Annual report of the Punjab Veterinary College and of the Civil Veterinary Department, Punjab - 1894-1908
Year: 1894
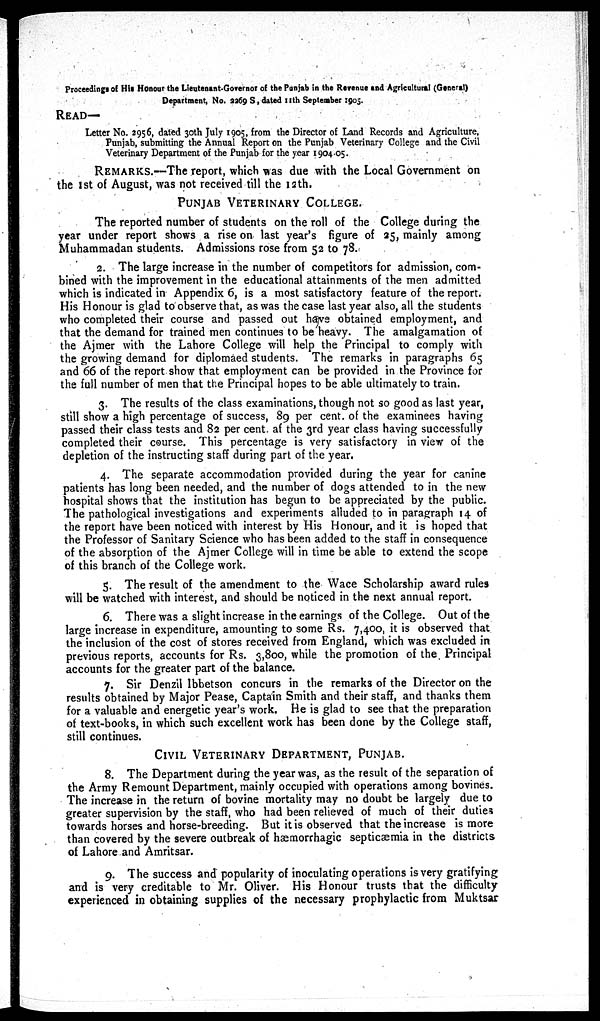
Proceedings of His Honour the Lieutenant-Governor of the Punjab in the Revenue and Agricultural (General)
Department, No. 2269 S, dated 11th September 1905.
READ––
Letter No. 2956, dated 30th July 1905, from the Director of Land Records and Agriculture,
Punjab, submitting the Annual Report on the Punjab Veterinary College and the Civil
Veterinary Department of the Punjab for the year 1904-05.
REMARKS.––The report, which was due with the Local Government on
the 1st of August, was not received till the 12th.
PUNJAB VETERINARY COLLEGE.
The reported number of students on the roll of the College during the
year under report shows a rise on last year's figure of 25, mainly among
Muhammadan students. Admissions rose from 52 to 78.
2. The large increase in the number of competitors for admission, com-
bined with the improvement in the educational attainments of the men admitted
which is indicated in Appendix 6, is a most satisfactory feature of the report.
His Honour is glad to observe that, as was the case last year also, all the students
who completed their course and passed out have obtained employment, and
that the demand for trained men continues to be heavy. The amalgamation of
the Ajmer with the Lahore College will help the Principal to comply with
the growing demand for diplomaed students. The remarks in paragraphs 65
and 66 of the report show that employment can be provided in the Province for
the full number of men that the Principal hopes to be able ultimately to train.
3. The results of the class examinations, though not so good as last year,
still show a high percentage of success, 89 per cent. of the examinees having
passed their class tests and 82 per cent. af the 3rd year class having successfully
completed their course. This percentage is very satisfactory in view of the
depletion of the instructing staff during part of the year.
4. The separate accommodation provided during the year for canine
patients has long been needed, and the number of dogs attended to in the new
hospital shows that the institution has begun to be appreciated by the public.
The pathological investigations and experiments alluded to in paragraph 14 of
the report have been noticed with interest by His Honour, and it is hoped that
the Professor of Sanitary Science who has been added to the staff in consequence
of the absorption of the Ajmer College will in time be able to extend the scope
of this branch of the College work.
5. The result of the amendment to the Wace Scholarship award rules
will be watched with interest, and should be noticed in the next annual report.
6. There was a slight increase in the earnings of the College. Out of the
large increase in expenditure, amounting to some Rs. 7,400, it is observed that
the inclusion of the cost of stores received from England, which was excluded in
previous reports, accounts for Rs. 3,800, while the promotion of the Principal
accounts for the greater part of the balance.
7. Sir Denzil Ibbetson concurs in the remarks of the Director on the
results obtained by Major Pease, Captain Smith and their staff, and thanks them
for a valuable and energetic year's work. He is glad to see that the preparation
of text-books, in which such excellent work has been done by the College staff,
still continues.
CIVIL VETERINARY DEPARTMENT, PUNJAB.
8. The Department during the year was, as the result of the separation of
the Army Remount Department, mainly occupied with operations among bovines.
The increase in the return of bovine mortality may no doubt be largely due to
greater supervision by the staff, who had been relieved of much of their duties
towards horses and horse-breeding. But it is observed that the increase is more
than covered by the severe outbreak of hæmorrhagic septicæmia in the districts
of Lahore and Amritsar.
9. The success and popularity of inoculating operations is very gratifying
and is very creditable to Mr. Oliver. His Honour trusts that the difficulty
experienced in obtaining supplies of the necessary prophylactic from Muktsar